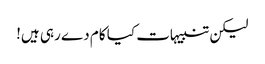
لیکن تنبیہات کیا کام دے رہی ہیں!